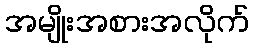
အမျိုးအစားအလိုက်